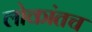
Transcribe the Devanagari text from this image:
लोकांतच